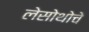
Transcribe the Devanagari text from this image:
लेसोथोचे